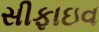
સીફાઇવ